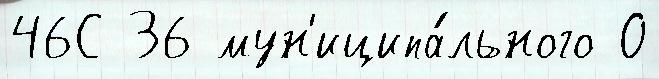
46С 36 мун'иципа́льного О